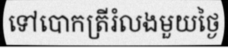
ទៅបោកត្រីរំលងមួយថ្ងៃ